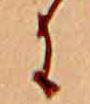
に